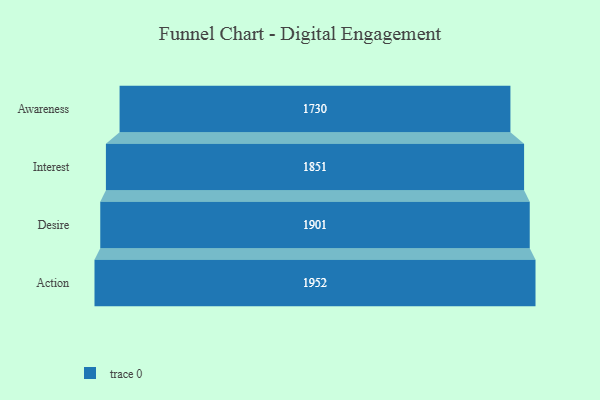
{"axis": {"x": "Stage", "y": "Value"}, "legend": [""], "data": [{"x": "Awareness", "y": 1730.0, "type": ""}, {"x": "Interest", "y": 1851.0, "type": ""}, {"x": "Desire", "y": 1901.0, "type": ""}, {"x": "Action", "y": 1952.0, "type": ""}]}